Indian journal of veterinary science and animal husbandry - Volumes 28-29, 1958-1959
Year: 1958
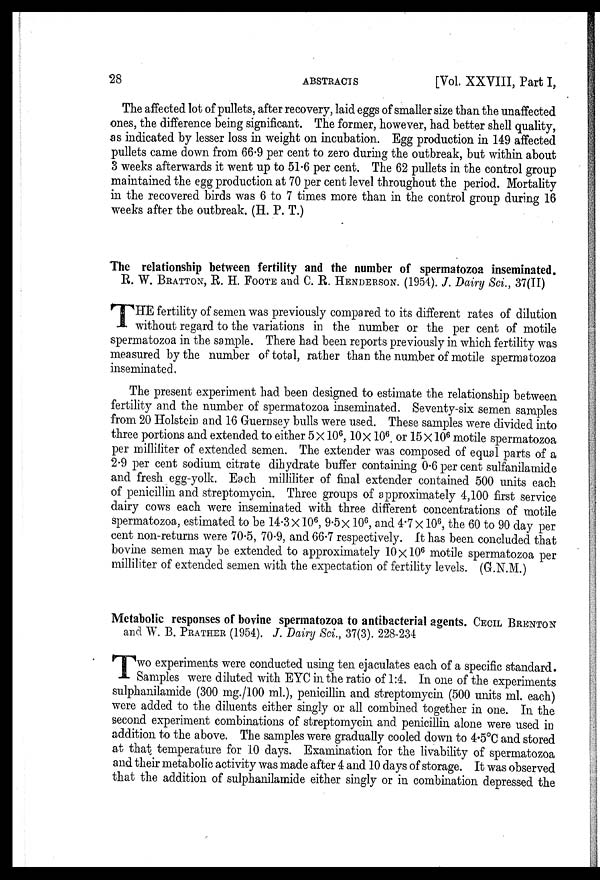
28
ABSTRACTS
[Vol. XXVIII, Part I,
The affected lot of pullets, after recovery, laid eggs of smaller size than the unaffected
ones, the difference being significant. The former, however, had better shell quality,
as indicated by lesser loss in weight on incubation. Egg production in 149 affected
pullets came down from 66.9 per cent to zero during the outbreak, but within about
3 weeks afterwards it went up to 51.6 per cent. The 62 pullets in the control group
maintained the egg production at 70 per cent level throughout the period. Mortality
in the recovered birds was 6 to 7 times more than in the control group during 16
weeks after the outbreak. (H. P. T.)
The relationship between fertility and the number of spermatozoa inseminated.
R. W. BRATTON, R. H. FOOTE and C. R. HENDERSON. (1954). J. Dairy Sci., 37(II)
T HE fertility of semen was previously compared to its different rates of dilution
without regard to the variations in the number or the per cent of motile
spermatozoa in the sample. There had been reports previously in which fertility was
measured by the number of total, rather than the number of motile spermatozoa
inseminated.
The present experiment had been designed to estimate the relationship between
fertility and the number of spermatozoa inseminated. Seventy-six semen samples
from 20 Holstein and 16 Guernsey bulls were used. These samples were divided into
three portions and extended to either 5 × 10 6 , 10 × 10 6 , or 15 × 10 6 motile spermatozoa
per milliliter of extended semen. The extender was composed of equal parts of a
2.9 per cent sodium citrate dihydrate buffer containing 0.6 per cent sulfanilamide
and fresh egg-yolk. Each milliliter of final extender contained 500 units each
of penicillin and streptomycin. Three groups of approximately 4,100 first service
dairy cows each were inseminated with three different concentrations of motile
spermatozoa, estimated to be 14.3 × 10 6 , 9.5 × 10 6 , and 4.7 × 10 6 , the 60 to 90 day per
cent non-returns were 70.5, 70.9, and 66.7 respectively. It has been concluded that
bovine semen may be extended to approximately 10 × 10 6 motile spermatozoa per
milliliter of extended semen with the expectation of fertility levels. (G.N.M.)
Metabolic responses of bovine spermatozoa to antibacterial agents. CECIL BRENTON
and W. B. PRATHER (1954). J. Dairy Sci., 37(3). 228-234
T wo experiments were conducted using ten ejaculates each of a specific standard.
Samples were diluted with EYC in the ratio of 1:4. In one of the experiments
sulphanilamide (300 mg./100 ml.), penicillin and streptomycin (500 units ml. each)
were added to the diluents either singly or all combined together in one. In the
second experiment combinations of streptomycin and penicillin alone were used in
addition to the above. The samples were gradually cooled down to 4.5°C and stored
at that temperature for 10 days. Examination for the livability of spermatozoa
and their metabolic activity was made after 4 and 10 days of storage. It was observed
that the addition of sulphanilamide either singly or in combination depressed the